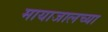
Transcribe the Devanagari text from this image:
मायाजालच्या